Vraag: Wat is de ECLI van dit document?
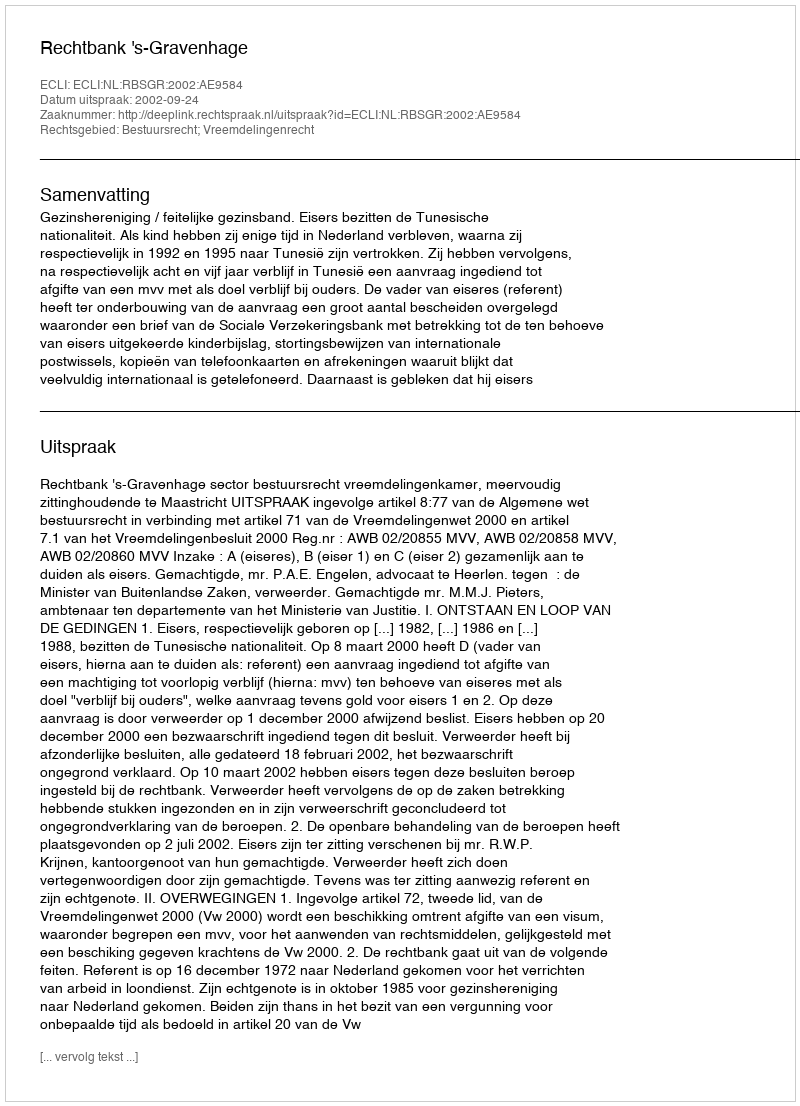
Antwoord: ECLI:NL:RBSGR:2002:AE9584